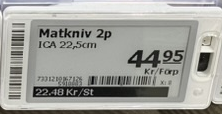
Vara: Matkniv
Genomsnittspris: 22.48 per st